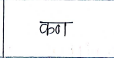
मजकूर: कण